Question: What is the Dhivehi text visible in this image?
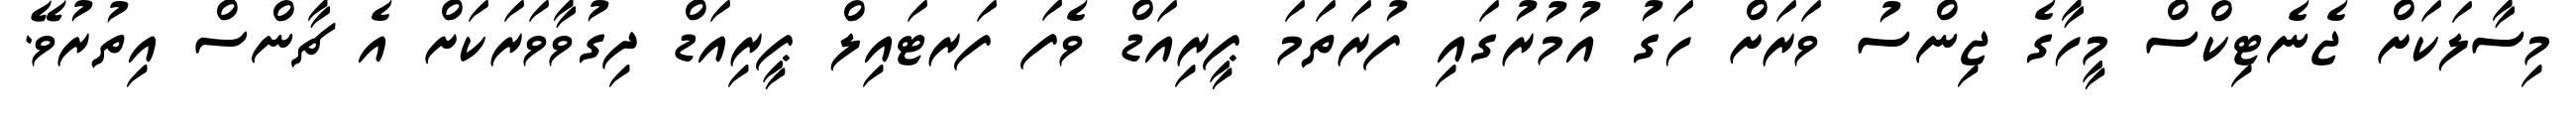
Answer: މިސާލަކަށް ޖެނެޓިކްސް މީހާގެ ޖިންސު ވަރަށް ހަގު އުމުރުގައި ފުރަތަމަ ޕީރިއަޑް ވެފަ ފަރޓައިލް ޕީރިއަޑް ދިގުވާވަރަކަށް އެ ޗާންސް އިތުރުވޭ.